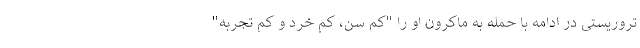
تروریستی در ادامه با حمله به ماکرون او را "کم سن، کم خرد و کم تجربه"